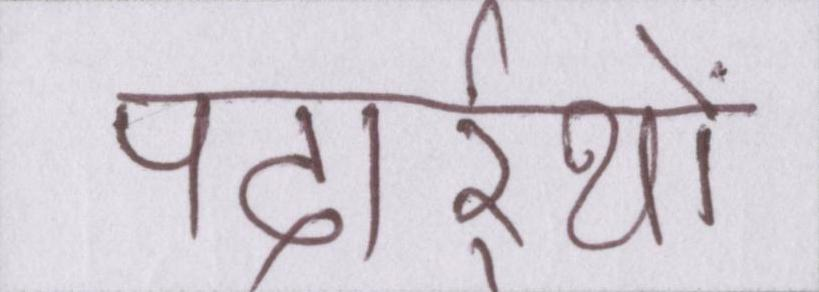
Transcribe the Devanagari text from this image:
पदार्र्थो